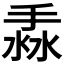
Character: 𢯣